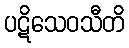
ပဋိသေဝသီတိ